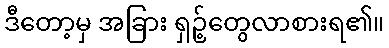
ဒီတော့မှ အခြား ရှဉ့်တွေလာစားရ၏။